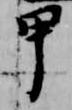
甲